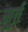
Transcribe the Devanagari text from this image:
मुर्त